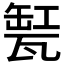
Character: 𤭬